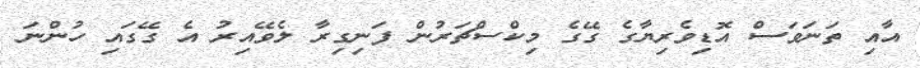
އާއި ތަނަވަސް އޮޑިވެރިޔާގެ ގޭގެ މިކްސްޗަރުން ފަނިގިރާ ލެވޭއިރު އެ ގޭގައި ހުންނަ